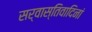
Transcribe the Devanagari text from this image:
सर्वास्तिवादिनां